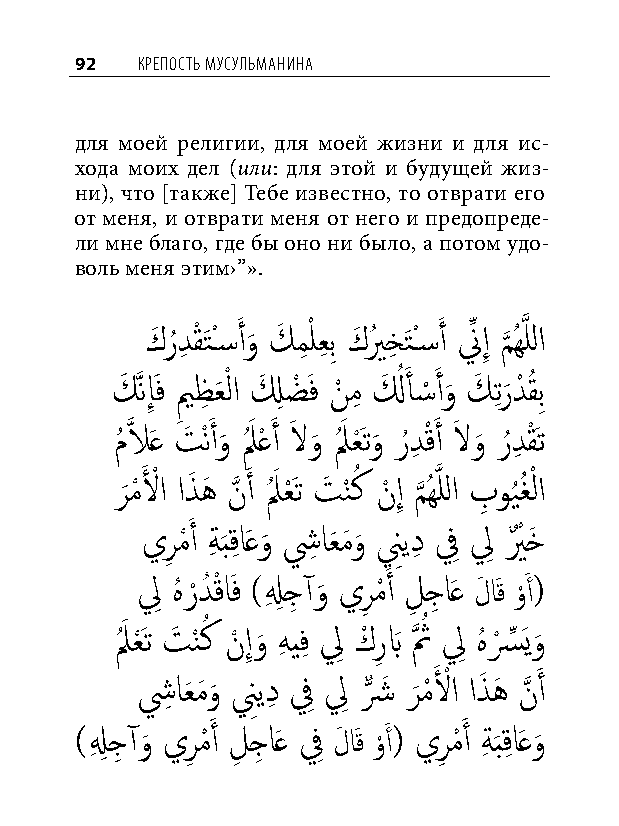
92  КреПость мусульманина
 для моей религии, для моей жизни и для ис-
 хода моих дел (или: для этой и будущей жиз-
 ни), что [также] Тебе известно, то отврати его
 от меня, и отврати меня от него и предопреде-
 ли мне благо, где бы оно ни было, а потом удо-
 воль меня этим›”».
 كَ رُدِ قْ َتْس�َ أو
 َ
 كَ مِ ْ لعِ بِ كَ يُ خِ َتْس�َ أ نِّ إِ م
 َّذ
 ُهَّذ للا
 كَ َّذنإَِف يم
 ِ
 ظِ عَ ْ لا لَ ِ ضْ َف نْ مِ لَ ُ أَ �ْ َ أو
 َ
 كَ تِ ر
 َ
 دْ قُ بِ
 مُ لاَّذ َع تَ ْنَ أو
 َ
 لَُ عْ َ أ لاَ و
 َ
 لَُ عَْتو
 َ
 رُ دِ قْ َ أ لاَ و
 َ
 رُ دِ قَْت
 ر
 َ
 مْ لَ ْ ا اذَ هَ نَّذ َ أ لَُ عَْت تَ نْ كُ نْ إِ م
 َّذ
 ُهَّذ للا بِ وي
 ُ
 غُ ْ لا
 يرِ مْ َ أ ةِ َبقِ اَعو
 َ
 شِ اعَ مَ و
 َ
 نِيدِ فِ لِ يٌ ْ خَ
 لِ هُ ر ْدُ قْ اَف )لِ ِ جِ آو َ يرِ مْ َ أ لِ جِ اَع لَ اَق وْ َ أ(
 لَُ عَْت تَ نْ كُ نْ إِو َ هِ يفِ لِ كْ رِ بَ ثَّذ ُ لِ هُ سْ ِّ َيو َ
 شِ اعَ مَ و
 َ
 نِيدِ فِ لِ شٌّ َ ر
 َ
 مْ لَ ْ ا اذَ هَ نَّذ َ أ
 )لِ ِ جِ آو َ يرِ مْ َ أ لِ جِ اَع فِ لَ اَق وْ َ أ( يرِ مْ َ أ ةِ َبقِ اَعو َ